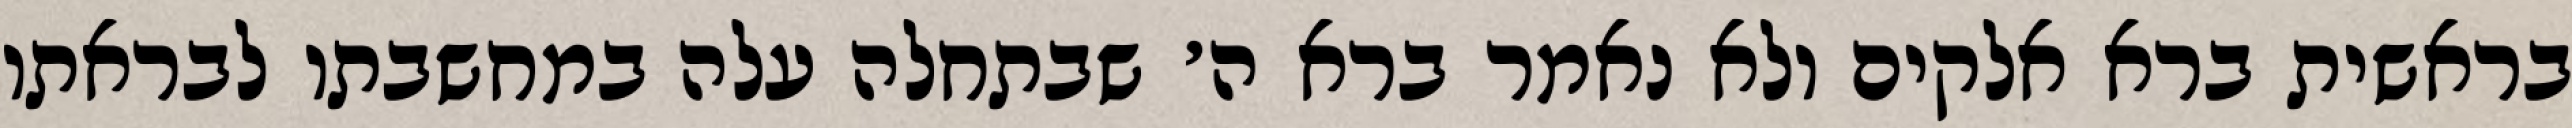
בראשית ברא אלקים ולא נאמר ברא ה׳ שבתחלה עלה במחשבתו לבראתו